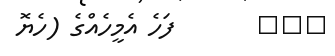
١٠٢       ފަހެ އެމީހެއްގެ (ހެޔޮ